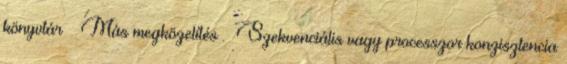
könyvtár ● Más megközelítés – Szekvenciális vagy processzor konzisztencia